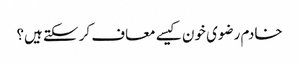
خادم رضوی خون کیسے معاف کر سکتے ہیں؟